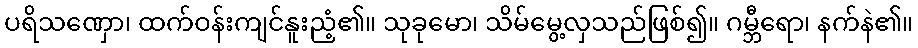
ပရိသဏှော၊ ထက်ဝန်းကျင်နူးညံ့၏။ သုခုမော၊ သိမ်မွေ့လှသည်ဖြစ်၍။ ဂမ္ဘီရော၊ နက်နဲ၏။